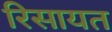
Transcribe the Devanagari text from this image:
रिसायत